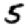
Digit: 5